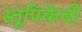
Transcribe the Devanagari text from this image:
स्तूपिकेची